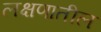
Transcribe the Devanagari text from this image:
लक्षणातील